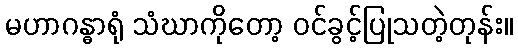
မဟာဂန္ဓာရုံ သံဃာကိုတော့ ဝင်ခွင့်ပြုသတဲ့တုန်း။